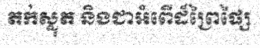
តក់ស្លុត និងជាអំពើដ៏ព្រៃផ្សៃ